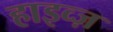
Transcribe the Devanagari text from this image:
हाइव्ज़